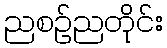
ညစဉ်ညတိုင်း